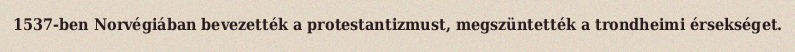
1537-ben Norvégiában bevezették a protestantizmust, megszüntették a trondheimi érsekséget.